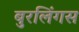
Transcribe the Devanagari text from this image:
बुरलिंगस